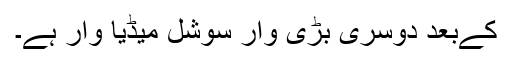
کےبعد دوسری بڑی وار سوشل میڈیا وار ہے۔